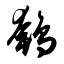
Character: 鹌